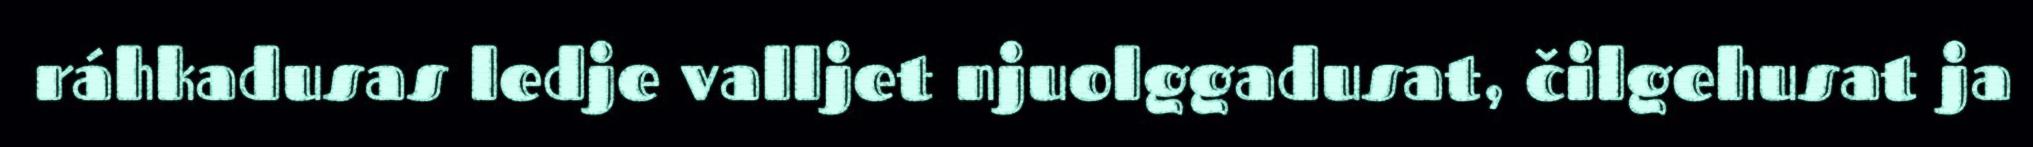
ráhkadusas ledje valljet njuolggadusat, čilgehusat ja